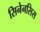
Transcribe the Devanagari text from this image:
सिनेनसिस